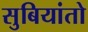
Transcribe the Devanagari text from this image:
सुबियांतो